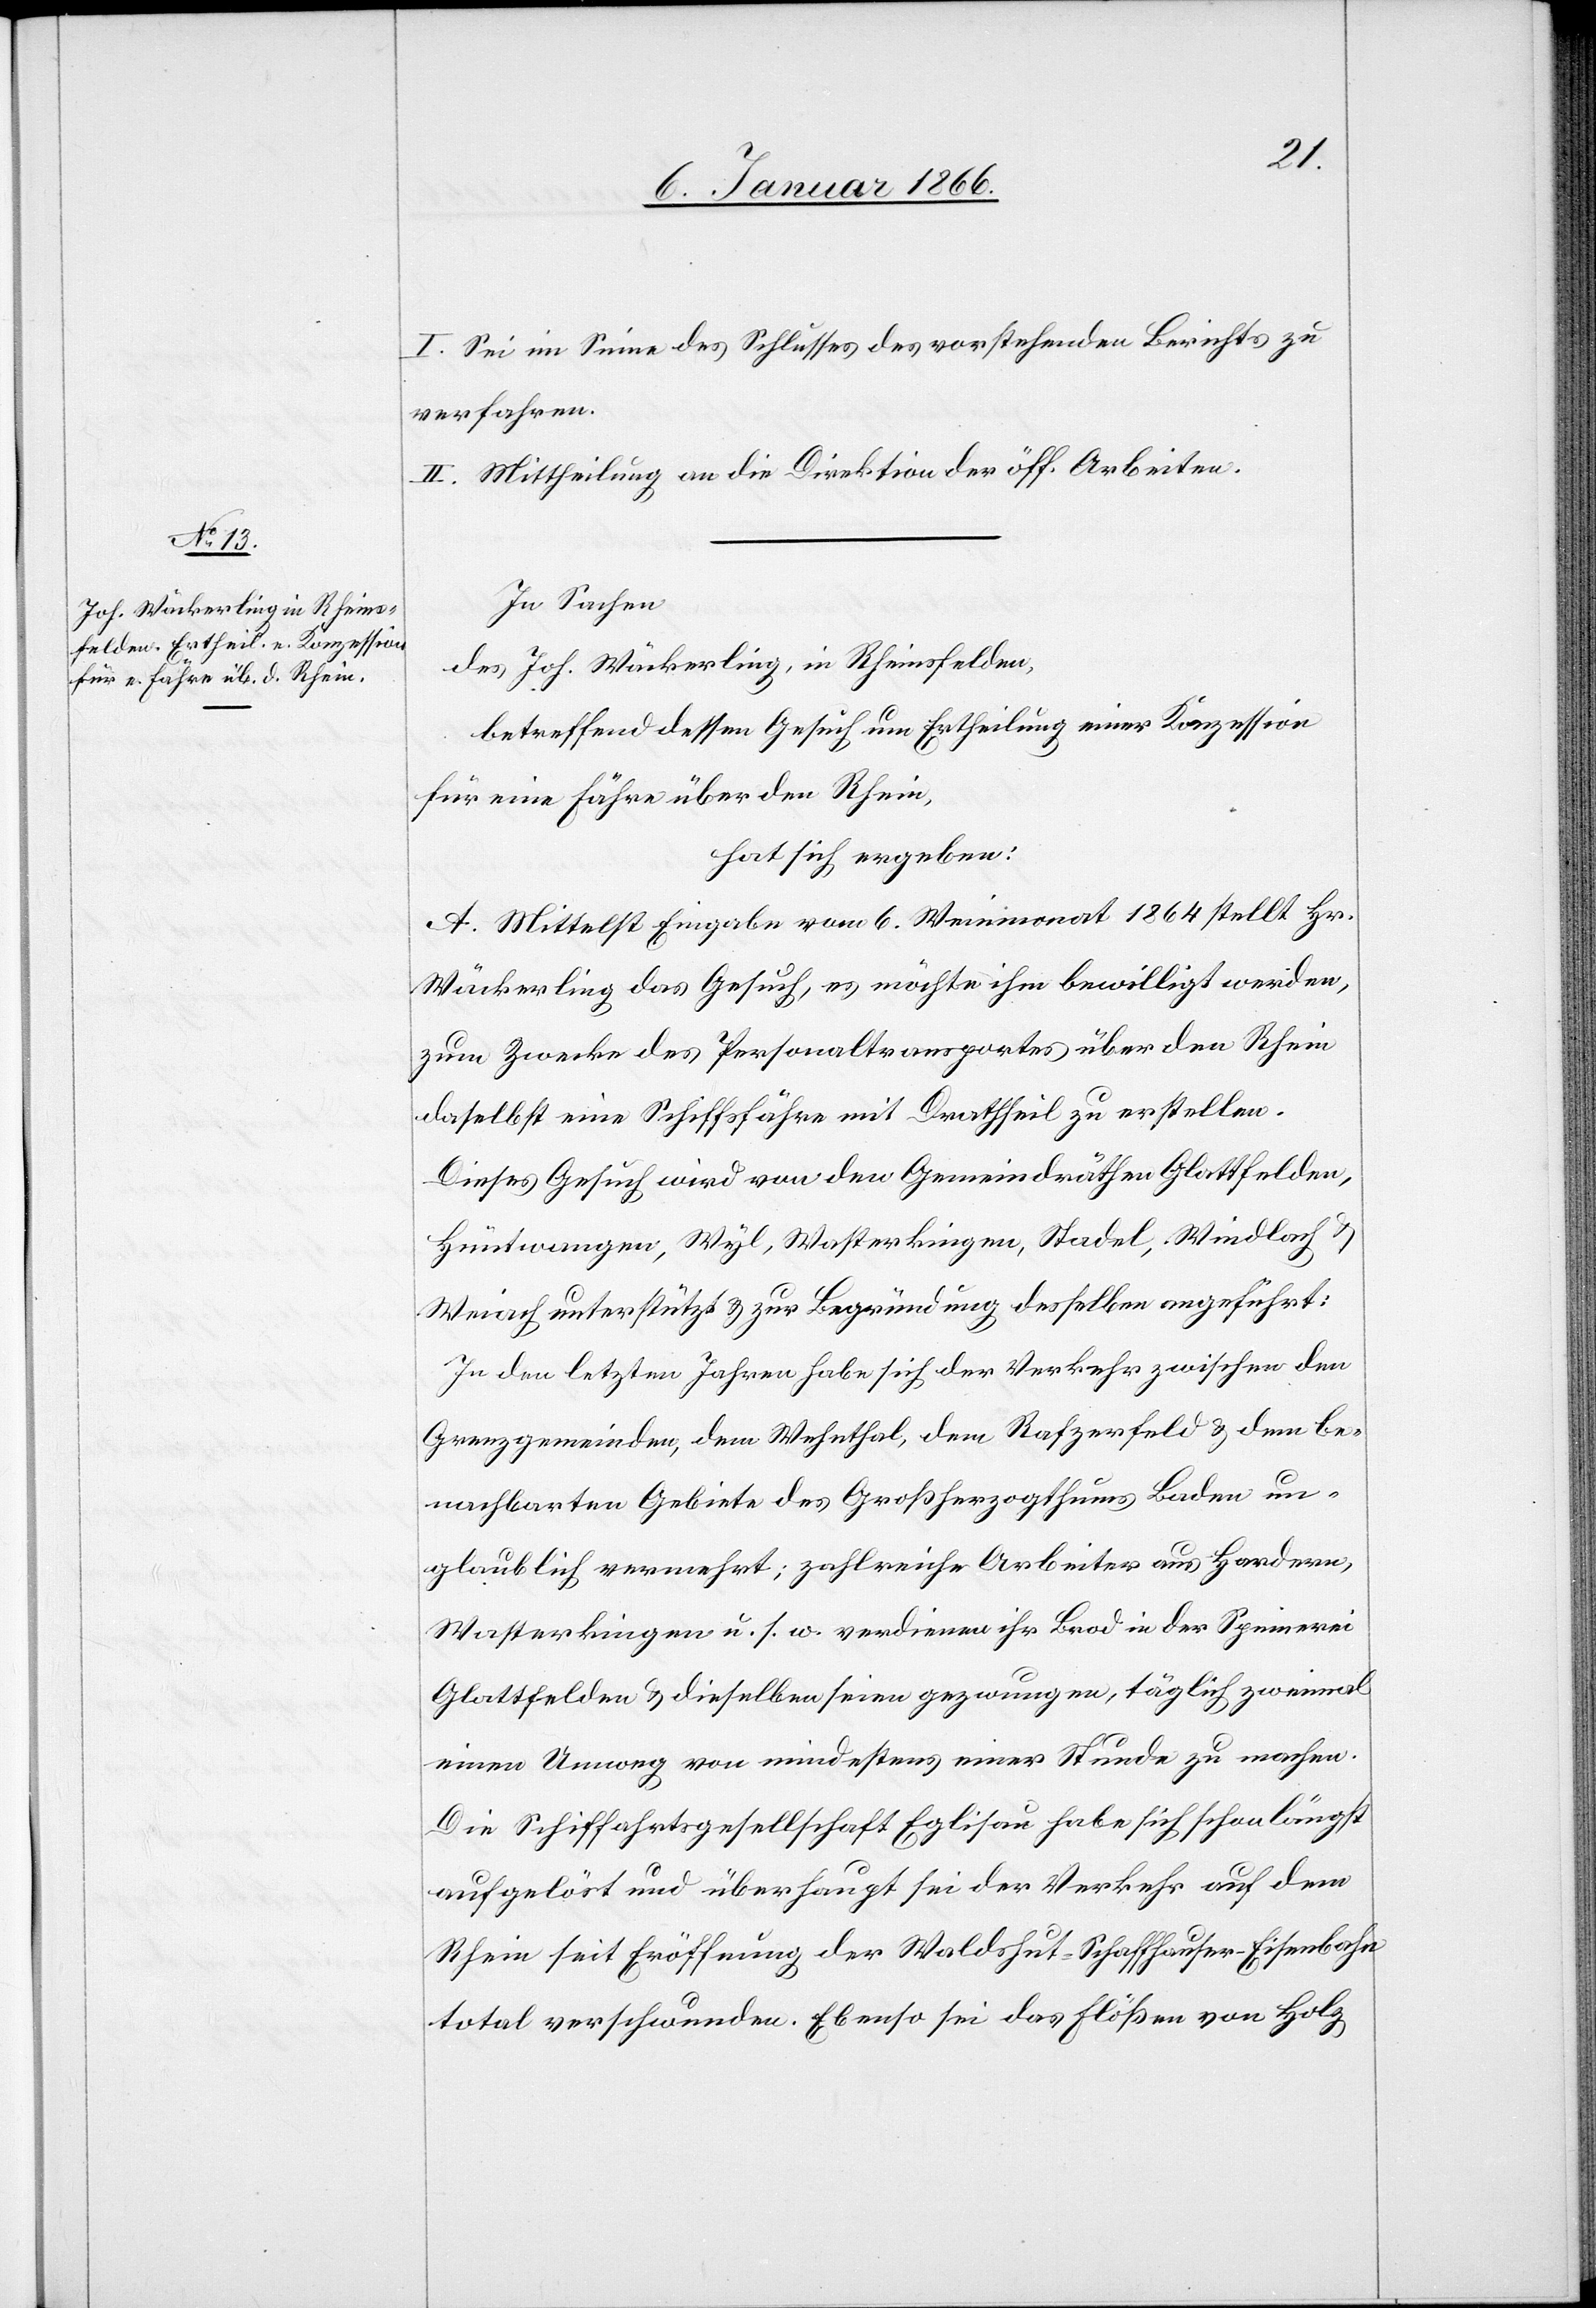
I. Sei im Sinne des Schlusses des vorstehenden Berichts zu
verfahren.
II. Mittheilung an die Direktion der öff. Arbeiten.
In Sachen
des Joh. Wäckerling, in Rheinsfelden,
betreffend dessen Gesuch um Ertheilung einer Konzession
für eine Fähre über den Rhein,
hat sich ergeben:
A. Mittelst Eingabe vom 6. Weinmonat 1864 stellt Hr.
Wäckerling das Gesuch, es möchte ihm bewilligt werden,
zum Zwecke des Personaltransportes über den Rhein
daselbst eine Schiffsfähre mit Drathseil zu erstellen.
Dieses Gesuch wird von den Gemeindräthen Glattfelden,
Hüntwangen, Wyl, Wasterkingen, Stadel, Weidlach u.
Weiach unterstützt u. zur Begründung desselben angeführt:
In den letzten Jahren habe sich der Verkehr zwischen den
Grenzgemeinden, dem Wehnthal, dem Rafzerfeld u. dem be¬
nachbarten Gebiete des Großherzogthums Baden un¬
glaublich vermehrt; zahlreiche Arbeiter aus Hardern,
Wasterkingen u. s. w. verdienen ihr Brod in der Spinnerei
Glattfelden u. dieselben seien gezwungen, täglich zweimal
einen Umweg von mindestens einer Stunde zu machen.
Die Schiffahrtsgesellschaft Eglisau habe sich schon längst
aufgelöst und überhaupt sei der Verkehr auf dem
Rhein seit Eröffnung der Waldshut-Schaffhausen-Eisenbahn
total verschwunden. Ebenso sei das Flößen von Holz